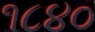
૧૮૪૦